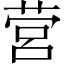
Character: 营